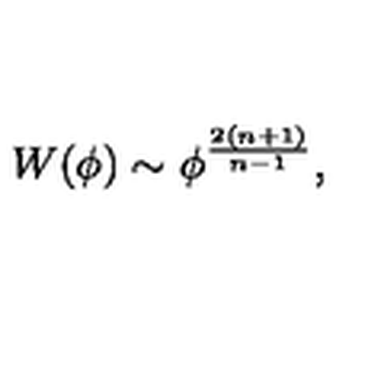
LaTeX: W ( \phi ) \sim \phi ^ { \frac { 2 ( n + 1 ) } { n - 1 } } ,